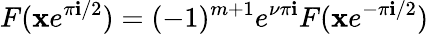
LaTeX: F(\mathbf{x}e^{\pi\mathbf{i}/2})=(-1)^{m+1}e^{\nu\pi\mathbf{i}}F(\mathbf{x}e^{-\pi\mathbf{i}/2})